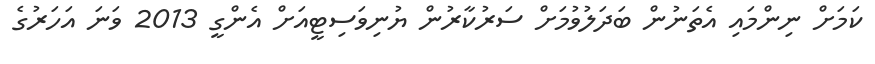
ކަމަށް ނިންމައި އެތަނުން ބަދަލުވުމަށް ސަރުކާރުން ޔުނިވަސިޓީއަށް އެންގީ 2013 ވަނަ އަހަރުގެ